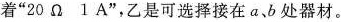
着”20Ω1A”，乙是可选择接在a、b处器材。